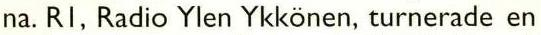
na. RI, Radio Ylen Ykkönen, turnerade en